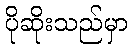
ပိုဆိုးသည်မှာ